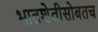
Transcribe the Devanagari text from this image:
भातशेतीसोबतच